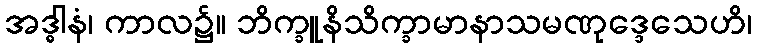
အဒ္ဓါနံ၊ ကာလ၌။ ဘိက္ခူနိသိက္ခာမာနာသမဏုဒ္ဒေသေဟိ၊